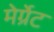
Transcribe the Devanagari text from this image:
मेर्ग्रेट